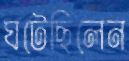
ঘটেছিলেন